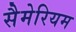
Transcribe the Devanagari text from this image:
सैमेरियम